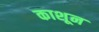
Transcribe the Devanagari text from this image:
काशून